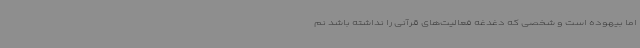
اما بیهوده است و شخصی که دغدغه فعالیت‌های قرآنی را نداشته باشد نم